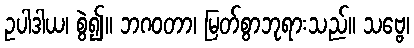
ဥပါဒါယ၊ စွဲ၍။ ဘဂဝတာ၊ မြတ်စွာဘုရားသည်။ သဗ္ဗေ၊